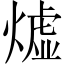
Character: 𪹣